Vaccination North-Western Provinces and Oudh 1878-1895 - 1878-1895
Year: 1878
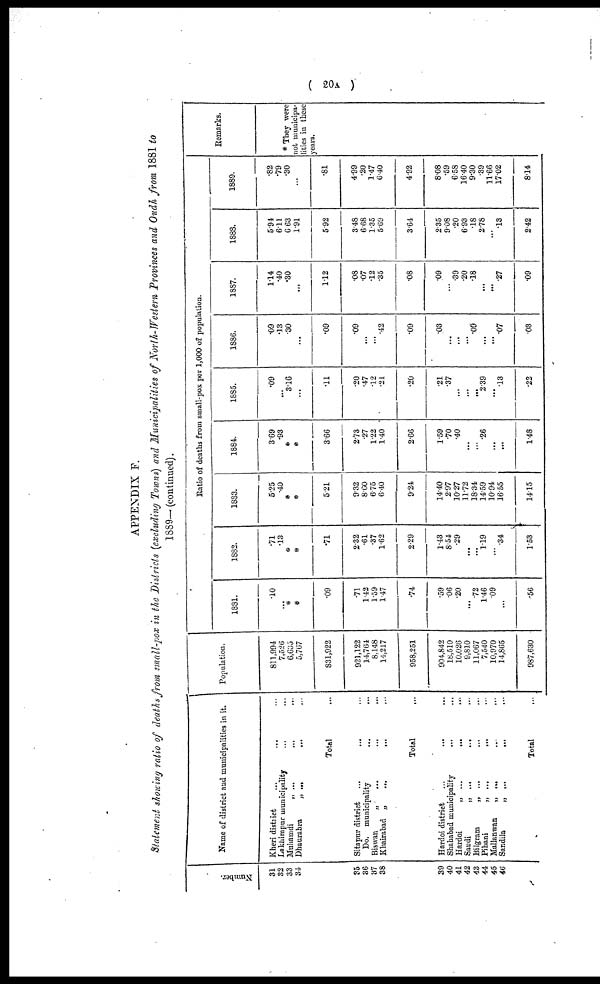
( 20a )
APPENDIX F.
Statement showing ratio of deaths from small-pox in the Districts (excluding Towns) and Municipalities of North-Western Provinces and Oudh from 1881 to
1889—(continued).
Number
31
32
33
34
35
36
37 38
39
40
41
42
43
44
45
46
Name of district and municipalities in it.
Kheri district ... ... ...
Lakhimpur municipality ... ...
Muhamdi
„ ...
... ...
Dhaurabra
„ ... ... ...
Total
Sitapur district
...
... ...
Do. municipality ... ...
Biswan
„
...
...
...
Khairabad „
...
... ...
Total ...
Hardoi district ... ... ...
Shahabad municipality ... ...
Hardoi
„ ...
... ...
Saudi
„ ...
... ...
Bilgram
„ ... ... ...
Pihani
„ ...
... ...
Mallanwan
„ ... ... ...
Sandila
„ ...
... ...
Total ...
Population.
811,944
7,526
6,635
5,767
831,922
921,122
14,764
8,148
14,217
958,251
904,842
18,510
10,026
9,810
11,067
7,540
10,970
11,865
987,630
Ratio of deaths from small-pox per 1,000 of population.
1881.
.10
...
*
*
.09
.71
1.42
1.59
1.47
.74
.59
.06
.20
...
.72
1.46
.09
...
.56
1882.
.71
.13
*
*
.71
2.32
.61
.37
1.62
2.29
1.43
8.54
.29
...
...
1.19
...
.34
1.53
1883.
5.25
.40
*
*
5.21
9.32
8.60
6.75
6.40
9.24
14.40
2.97
10.27
11.72
18.34
14.59
10.94
16.55
14.15
1884.
3.69
.93
*
*
3.66
2.73
.27
1.22
1.40
2.66
1.59
.70
.40
...
...
.26
...
...
1.48
1885.
.09
...
3.16
...
.11
.20
.47
.12
.21
.20
.21
.37
...
...
...
2.39
...
.13
.22
1886.
.09
.13
.30
...
.09
.09
...
...
.42
.09
03
...
...
. ..
.09
...
...
.07
.03
1887.
1.14
.40
.30
...
1.12
.08
.07
.12
.35
.08
.09
. ..
.39
.20
.18
...
...
.27
.09
1888.
5.94
6.11.
6.63
1.91
5.92
3.48
6.68
1.35
5.69
3.64
2.35
9.08
.20
6.93
.18
2.78
...
.13
2.42
1889.
.82
.79
.30
...
.81
4.99
.20
1.47
6.40
4.92
8.08
.59
6.58
16.40
9.30
.39
11.66
17.02
8.14
Remarks.
* They were
not municipa-
lities in these
years.